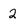
Character: 2